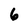
Character: 6